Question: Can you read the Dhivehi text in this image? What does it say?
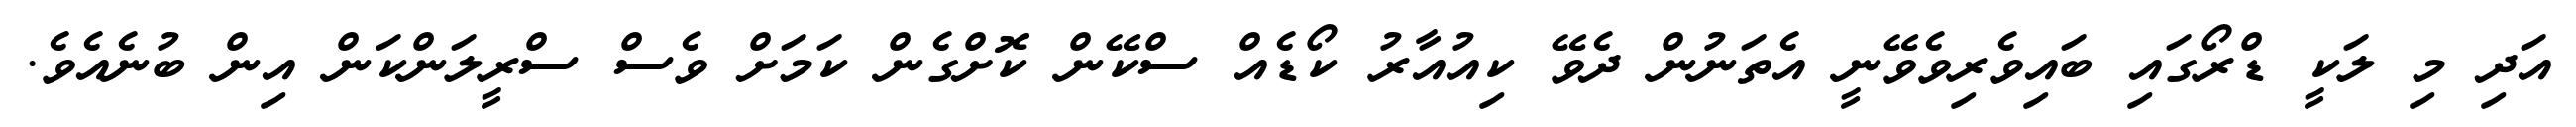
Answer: އަދި މި ލަކީ ޑްރޯގައި ބައިވެރިވެވޭނީ އެތަނުން ދެވޭ ކިއުއާރު ކޯޑެއް ސްކޭން ކޮށްގެން ކަމަށް ވެސް ސްރީލަންކަން އިން ބުނެއެވެ.